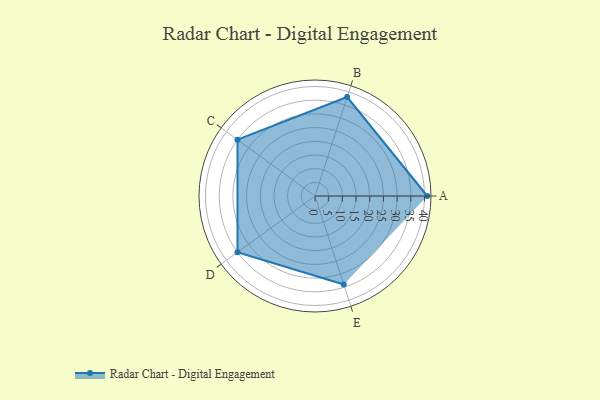
{"axis": {"x": "Skill", "y": "Score"}, "legend": ["Profile"], "data": [{"x": "A", "y": 41.0, "type": "Profile"}, {"x": "B", "y": 38.0, "type": "Profile"}, {"x": "C", "y": 35.0, "type": "Profile"}, {"x": "D", "y": 35.0, "type": "Profile"}, {"x": "E", "y": 34.0, "type": "Profile"}]}